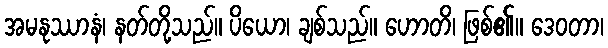
အမနုဿာနံ၊ နတ်တို့သည်။ ပိယော၊ ချစ်သည်။ ဟောတိ၊ ဖြစ်၏။ ဒေဝတာ၊